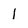
Character: 1